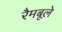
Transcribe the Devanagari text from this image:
रैमबूले